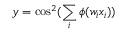
y = \cos ^ { 2 } ( \sum _ { i } \phi ( w _ { i } x _ { i } ) )